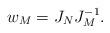
LaTeX: \begin{align*} w_M=J_NJ_M^{-1}.\end{align*}